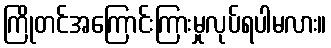
ကြိုတင်အကြောင်းကြားမှုလုပ်ရပါမလား။